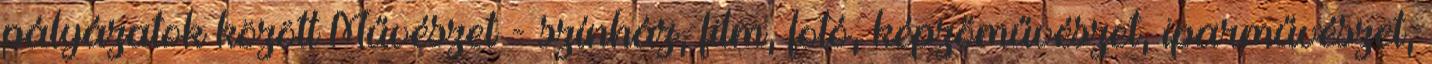
pályázatok között Művészet - színház, film, fotó, képzőművészet, iparművészet,